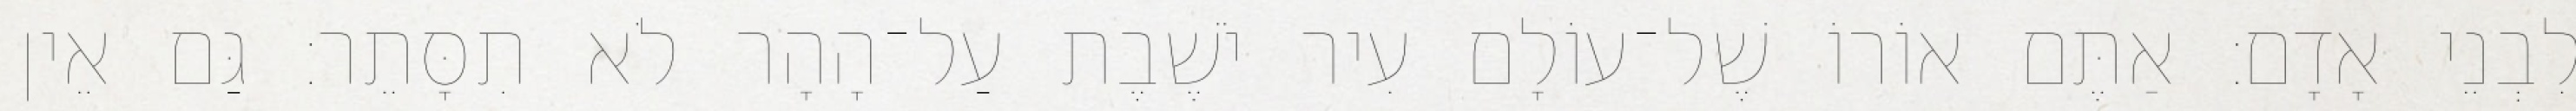
לִבְנֵי אָדָם׃ אַתֶּם אוֹרוֹ שֶׁל־עוֹלָם עִיר יֹשֶׁבֶת עַל־הָהָר לֹא תִסָּתֵר׃ גַּם אֵין